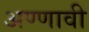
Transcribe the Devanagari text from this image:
अण्णावी